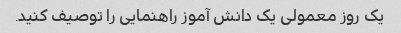
یک روز معمولی یک دانش آموز راهنمایی را توصیف کنید.